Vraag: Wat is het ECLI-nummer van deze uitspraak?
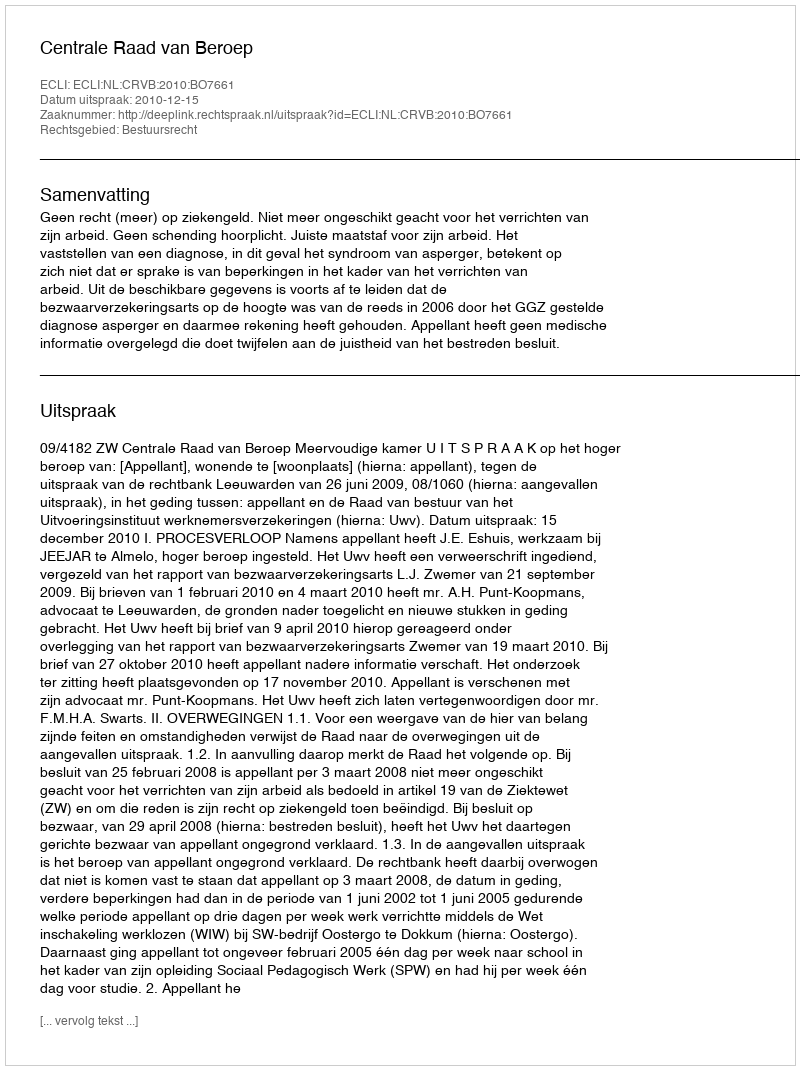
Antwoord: ECLI:NL:CRVB:2010:BO7661